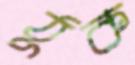
ঠুক